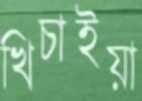
খিচাইয়া